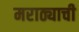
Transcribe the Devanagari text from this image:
मराठ्याची